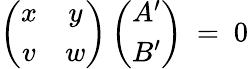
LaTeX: \left(\begin{array}{cc}{{x}}&{{y}}\\ {{v}}&{{w}}\end{array}\right)\left(\begin{array}{c}{{A^{\prime}}}\\ {{B^{\prime}}}\end{array}\right)~=~0